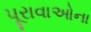
પૂરાવાઓના